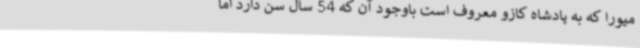
میورا که به پادشاه کازو معروف است باوجود آن که 54 سال سن دارد اما